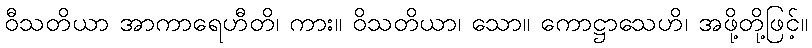
ဝီသတိယာ အာကာရေဟီတိ၊ ကား။ ဝိသတိယာ၊ သော။ ကောဋ္ဌာသေဟိ၊ အဖို့တို့ဖြင့်။